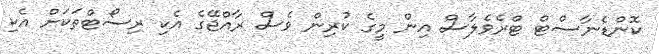
ކޮންޑެނާސްޓް ޓްރެވެލާސް އިން މީގެ ކުރިން ވެސް ރާއްޖޭގެ އެކި ރިސޯޓްތަކަށް އެކި